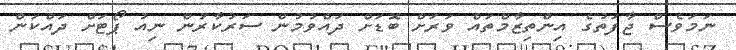
ނަމަވެސް ޖާފަތުގެ އިންތިޒާމްތައް ވަރަށް ބޮޑަށް ދައްވުމުން ސަރުކާރުން ނިއު ޕޯޓަށް ދައްކަން